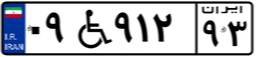
۰۹W۰۱۴۱۵